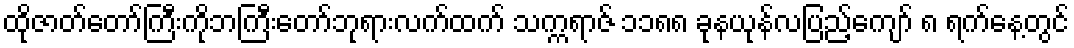
ထိုဇာတ်တော်ကြီးကိုဘကြီးတော်ဘုရားလက်ထက် သက္ကရာဇ် ၁၁၈၈ ခုနယုန်လပြည့်ကျော် ၈ ရက်နေ့တွင်